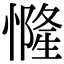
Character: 㦕